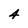
Character: 4